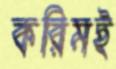
করিমই